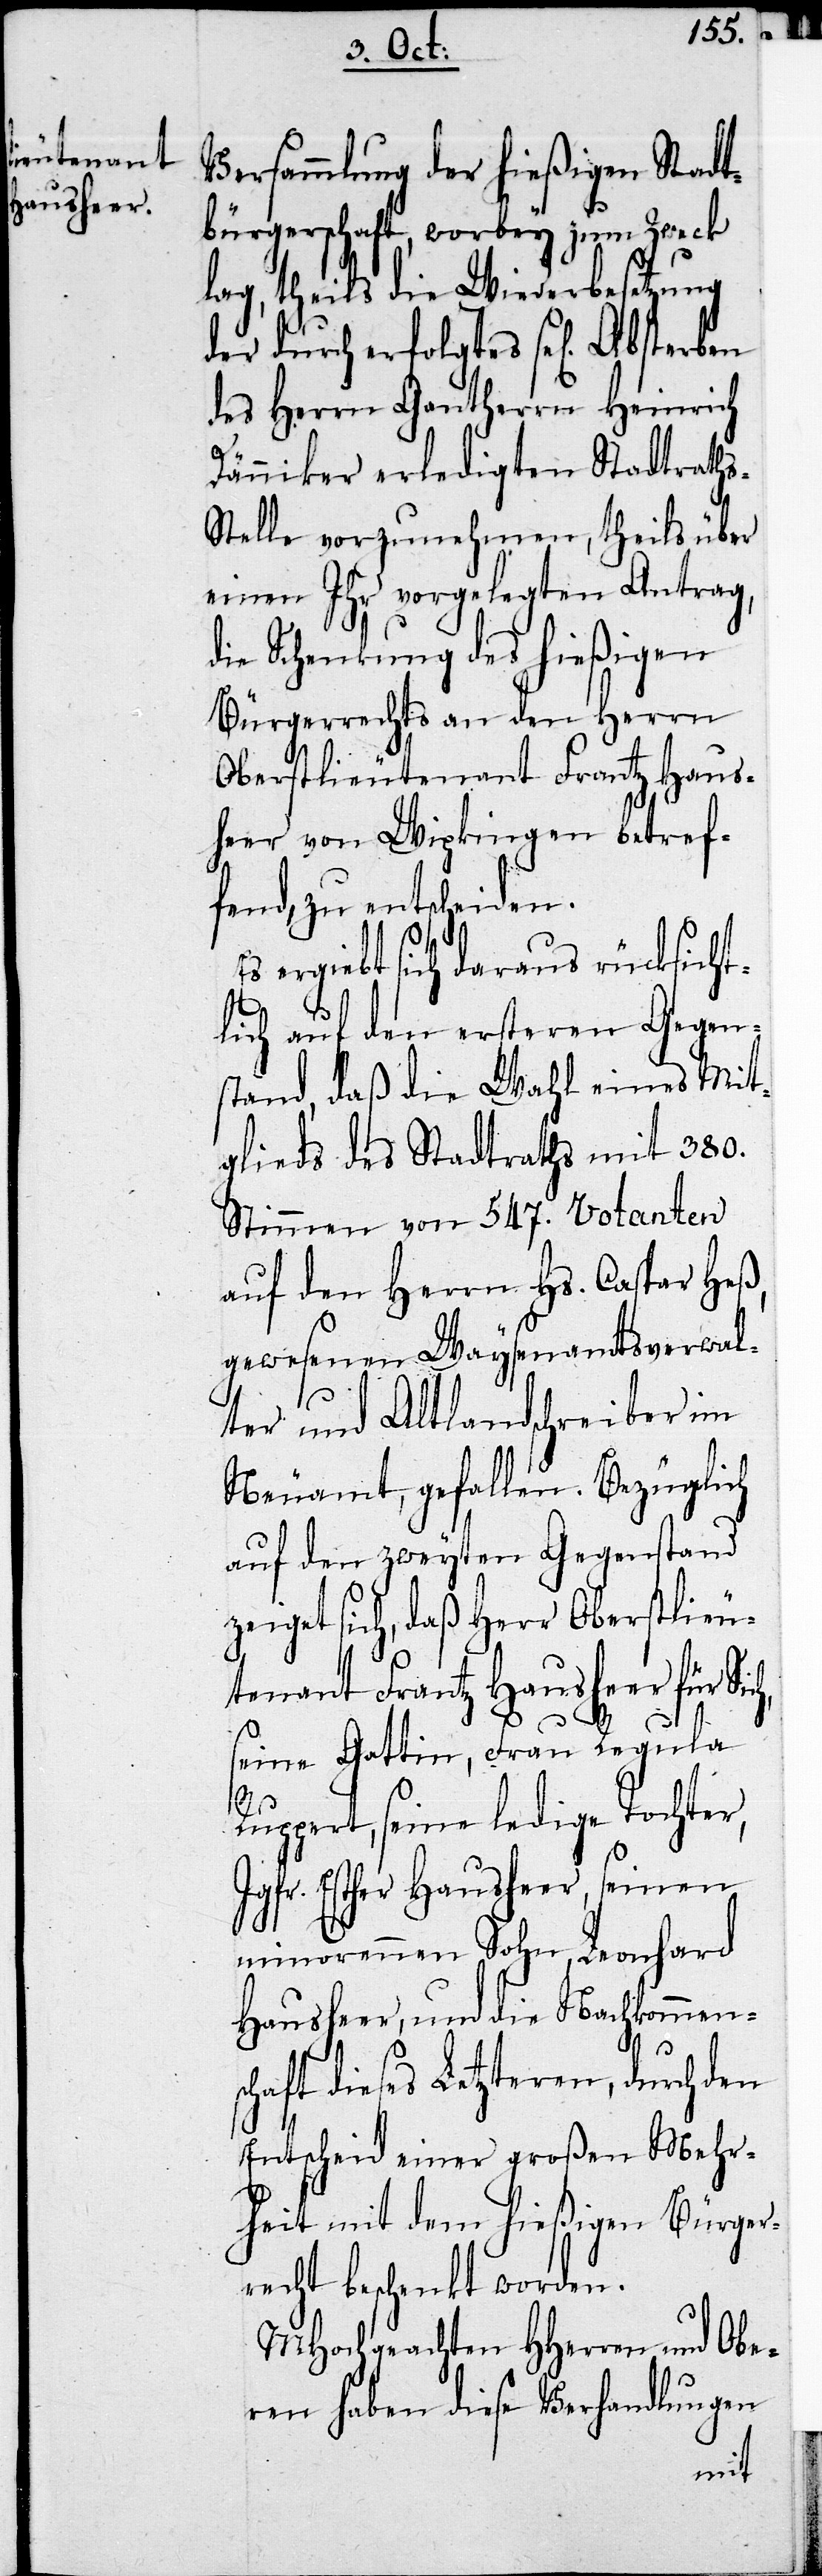
Versammlung der hießigen Stadt¬
bürgerschaft, worbey zum Zweck
lag, theils die Wiederbesetzung
der durch erfolgtes sel. Absterben
des Herrn Gantherrn Heinrich
ch,
Däniker erledigten Stadtraths-S¬
telle vorzunehmen, theils über
einen Ihr vorgelegten Antrag,
die Schenkung des hießigen
Bürgerrechts an den Herrn
Oberstlieutenant Frantz Haus¬
heer von Wipkingen betref¬
fend, zu entscheiden.
ergiebt sich daraus rücksicht¬
lich auf den ersten Gegen¬
stand, daß die Wahl eines Mit¬
glieds des Stadtraths mit 380.
Stimmen von 547. Votanten
auf den Herrn Hs. Caspar Heß,
gewesener Waysenamtsverwal¬
ter und Altlandschreiber im
Neuamt, gefallen. Bezüglich
auf den zweyten Gegenstand
zeiget sich, daß Herr Oberstlieu¬
tenant Frantz Hausheer für Si¬
seine Gattin, Frau Regula
Ruppert, seine ledige Tochter,
Jgfr. Esther Hausheer, seinen
minorennen Sohn, Leonhard
Hausherr, und die Nachkommens¬
chaft dieses Letzteren, durch den
Entscheid einer großen Mehr¬
heit mit dem hießigen Bürger¬
recht beschenkt worden.
MHochgeachten HHerren und Obe¬
ren haben diese Verhandlungen